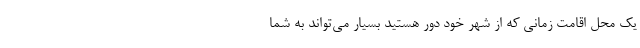
یک محل اقامت زمانی که از شهر خود دور هستید بسیار می­‌تواند به شما